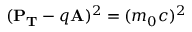
( \mathbf { P _ { T } } - q \mathbf { A } ) ^ { 2 } = ( m _ { 0 } c ) ^ { 2 }